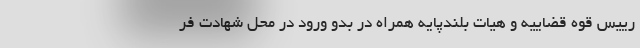
رییس قوه قضاییه و هیات بلندپایه همراه در بدو ورود در محل شهادت فر